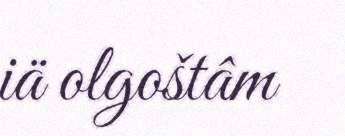
iä olgoštâm